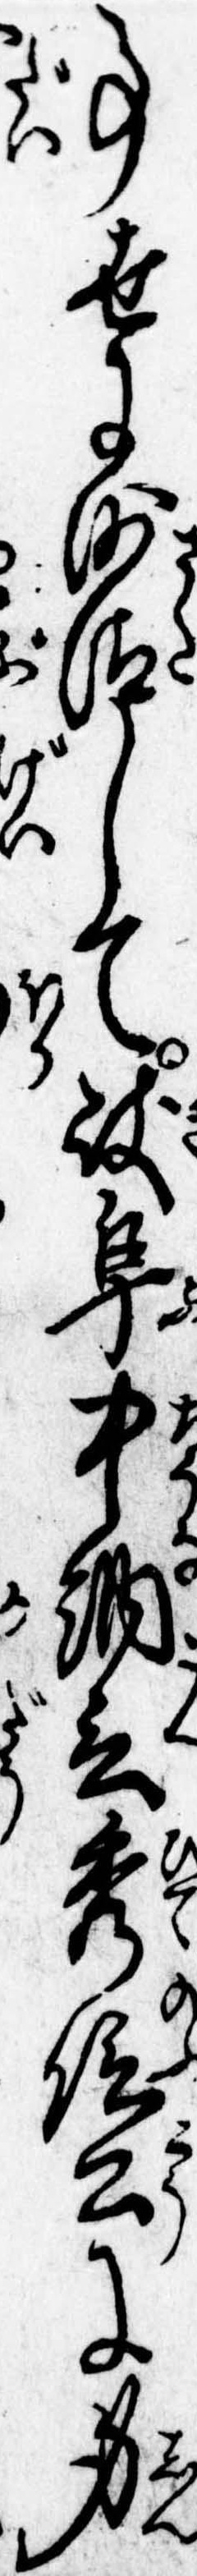
事世に沙汰して岐阜中納言秀信公に身